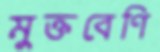
মুক্তবেণি